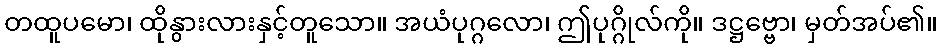
တထူပမော၊ ထိုနွားလားနှင့်တူသော။ အယံပုဂ္ဂလော၊ ဤပုဂ္ဂိုလ်ကို။ ဒဋ္ဌဗ္ဗော၊ မှတ်အပ်၏။